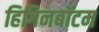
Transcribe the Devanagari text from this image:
हिगिनबॉटम